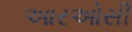
આરઓસી